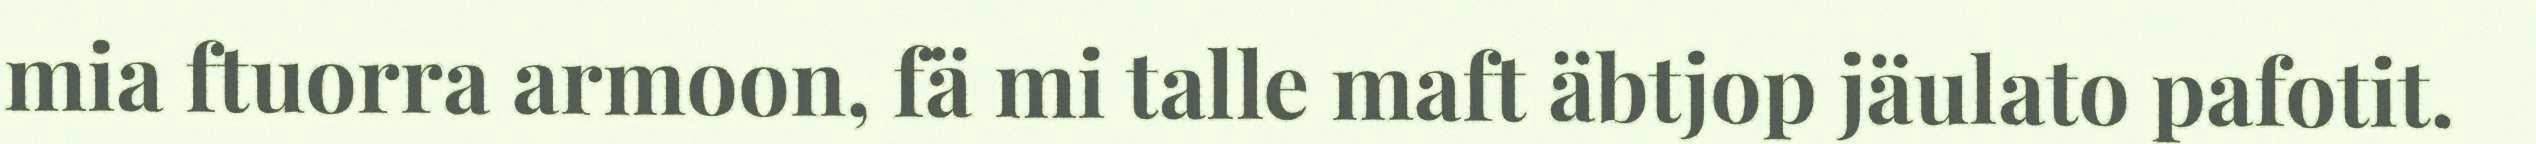
mia ftuorra armoon, fä mi talle maft äbtjop jäulato pafotit.